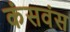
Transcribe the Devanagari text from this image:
कंसवंस